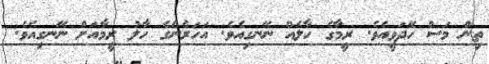
ތިން މަސް ހޭދަވީއެވެ. ރީމާގެ ހާލެއް ނޭނގިއެވެ. އަހަރެންގެ ހާލު ރީމާއަށް ނޭނގިއެވެ.